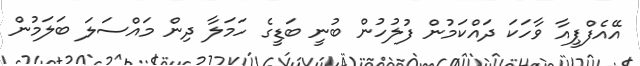
އޭއެފްޕީއާ ވާހަކަ ދައްކަމުން ފުލުހުން ބުނީ ބަޑީގެ ހަމަލާ ދިން މައްސަލަ ބަލަމުން